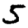
Digit: 5